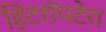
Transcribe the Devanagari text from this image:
हिटरॉपटेरा